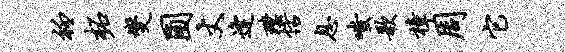
衽柘燮圃丈逢璞恬息嗤歌樟周它